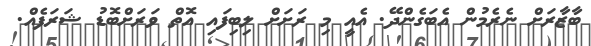
ބާޒާރަށް ނެރެމުން އެބަގެންދޭ. އެއީ މި ރަށަށް ލިބިފައި އޮތް ވަރަށްބޮޑު ޝަރަފެއް.